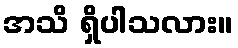
အသိ ရှိပါသလား။